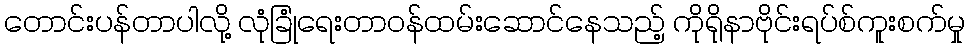
တောင်းပန်တာပါလို့ လုံခြုံရေးတာဝန်ထမ်းဆောင်နေသည့် ကိုရိုနာဗိုင်းရပ်စ်ကူးစက်မှု